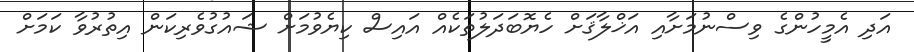
އަދި އެމީހުންގެ ވިސްނުމަށާއި އަޚްލާޤަށް ހެޔޮބަދަލުތަކެއް އައިސް ކިޔެވުމަށް ޝައުގުވެރިކަން އިތުރުވާ ކަމަށް